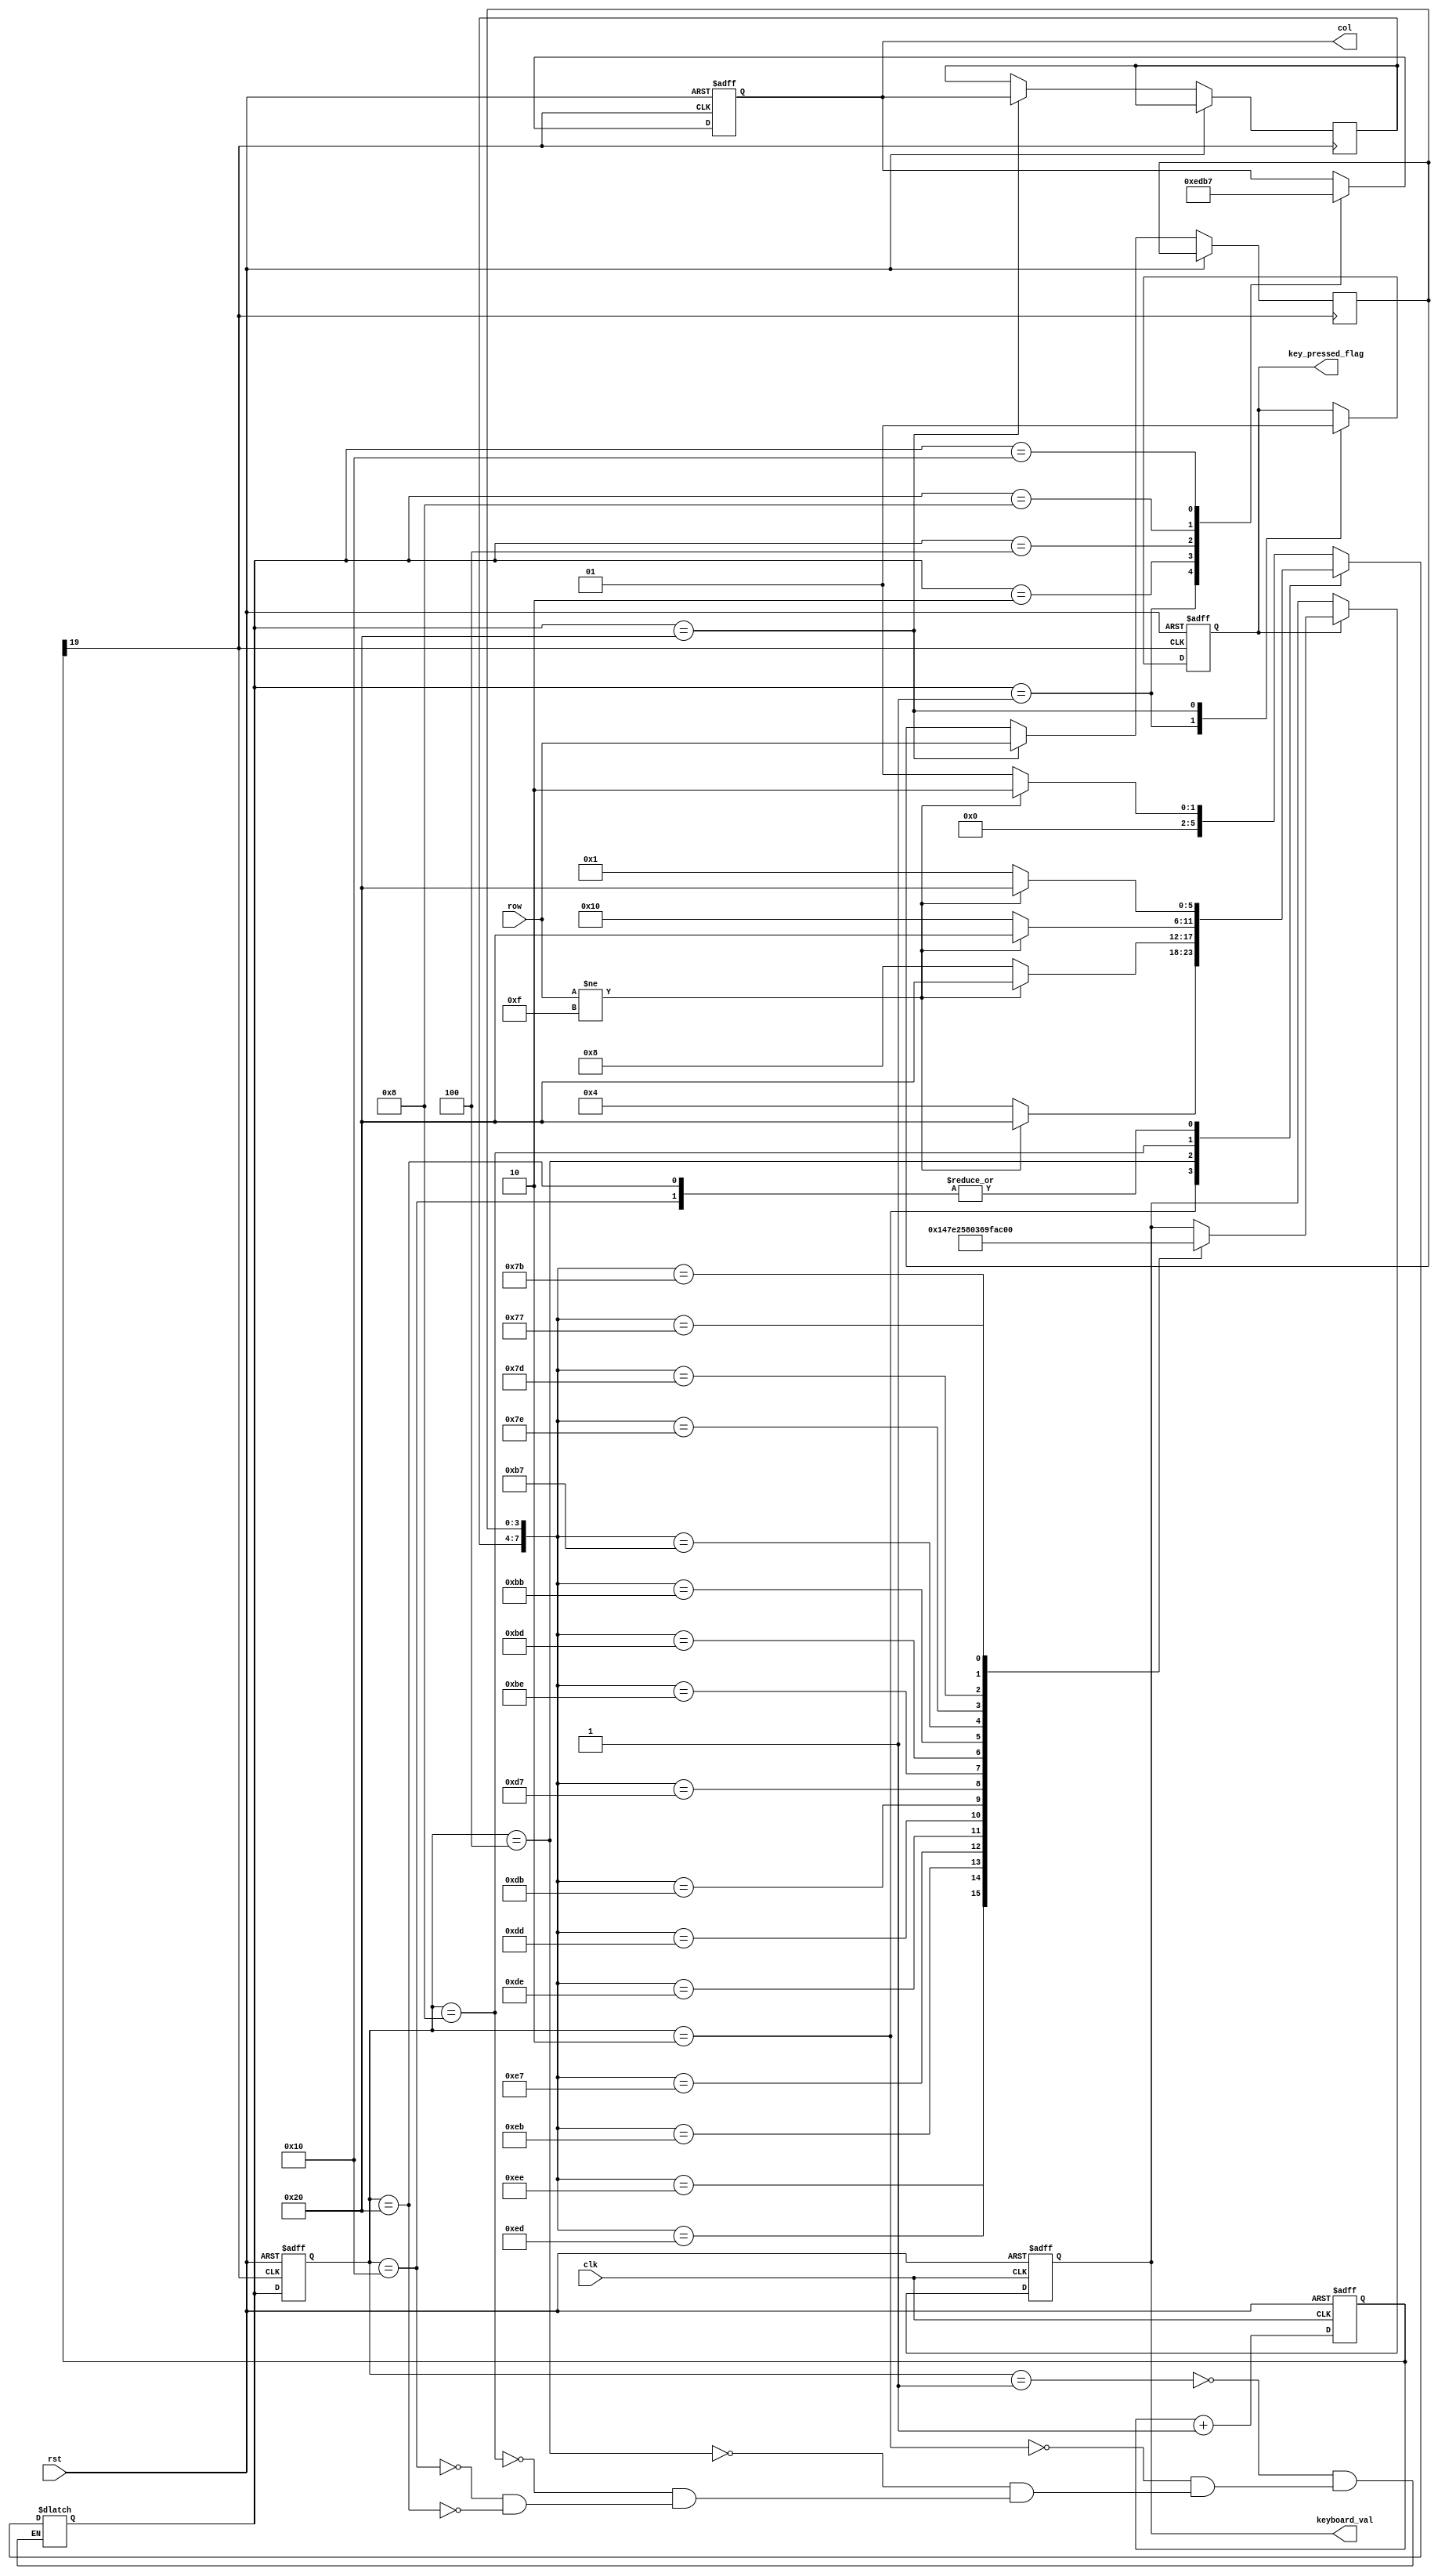
module key_board(
    input clk, rst,
    input [3:0] row,                     //  
    output reg [3:0] col,                //  
    output reg [3:0] keyboard_val,       // 
    output reg key_pressed_flag          // 
    );
 
    reg [19:0] cnt;                        
    wire key_clk;

    always @ (posedge clk or posedge rst)
    if (rst)
        cnt <= 0;
    else
        cnt <= cnt + 1'b1;
        
    assign key_clk = cnt[19];                // (2^20/50M = 21)ms 
    //--------------------------------------
    //  
    //--------------------------------------

    //++++++++++++++++++++++++++++++++++++++
    //  
    //++++++++++++++++++++++++++++++++++++++
    // 
    parameter NO_KEY_PRESSED = 6'b000_001;  //   
    parameter SCAN_COL0      = 6'b000_010;  // 0 
    parameter SCAN_COL1      = 6'b000_100;  // 1 
    parameter SCAN_COL2      = 6'b001_000;  // 2 
    parameter SCAN_COL3      = 6'b010_000;  // 3 
    parameter KEY_PRESSED    = 6'b100_000;  // 

    reg [5:0] current_state, next_state;    // 

    always @ (posedge key_clk or posedge rst)
    if (rst)
        current_state <= NO_KEY_PRESSED;
    else
        current_state <= next_state;

    // 
    always @ (*)
    case (current_state)
        NO_KEY_PRESSED :                    // 
            if (row != 4'hF)
            next_state = SCAN_COL0;
            else
            next_state = NO_KEY_PRESSED;
        SCAN_COL0 :                         // 0 
            if (row != 4'hF)
            next_state = KEY_PRESSED;
            else
            next_state = SCAN_COL1;
        SCAN_COL1 :                         // 1 
            if (row != 4'hF)
            next_state = KEY_PRESSED;
            else
            next_state = SCAN_COL2;    
        SCAN_COL2 :                         // 2
            if (row != 4'hF)
            next_state = KEY_PRESSED;
            else
            next_state = SCAN_COL3;
        SCAN_COL3 :                         // 3
            if (row != 4'hF)
            next_state = KEY_PRESSED;
            else
            next_state = NO_KEY_PRESSED;
        KEY_PRESSED :                       // 
            if (row != 4'hF)
            next_state = KEY_PRESSED;
            else
            next_state = NO_KEY_PRESSED;                      
    endcase

    reg [3:0] col_val, row_val;             // 

    // 
    always @ (posedge key_clk or posedge rst)
    if (rst)
    begin
        col              <= 4'h0;
        key_pressed_flag <=    0;
    end
    else
        case (next_state)
        NO_KEY_PRESSED :                  // 
        begin
            col              <= 4'h0;
            key_pressed_flag <=    0;       // 
        end
        SCAN_COL0 :                       // 0
            col <= 4'b1110;
        SCAN_COL1 :                       // 1
            col <= 4'b1101;
        SCAN_COL2 :                       // 2
            col <= 4'b1011;
        SCAN_COL3 :                       // 3
            col <= 4'b0111;
        KEY_PRESSED :                     // 
        begin
            col_val          <= col;        // 
            row_val          <= row;        // 
            key_pressed_flag <= 1;          //   
        end
        endcase
    //--------------------------------------
    //  
    //--------------------------------------


    //++++++++++++++++++++++++++++++++++++++
    //  
    //++++++++++++++++++++++++++++++++++++++
    always @ (posedge clk or posedge rst)
    if (rst)
        keyboard_val <= 4'h0;
    else
        if (key_pressed_flag)
        case ({col_val, row_val})
            8'b1110_1110 : keyboard_val <= 4'h1;
            8'b1110_1101 : keyboard_val <= 4'h4;
            8'b1110_1011 : keyboard_val <= 4'h7;
            8'b1110_0111 : keyboard_val <= 4'hE;
            
            8'b1101_1110 : keyboard_val <= 4'h2;
            8'b1101_1101 : keyboard_val <= 4'h5;
            8'b1101_1011 : keyboard_val <= 4'h8;
            8'b1101_0111 : keyboard_val <= 4'h0;
            
            8'b1011_1110 : keyboard_val <= 4'h3;
            8'b1011_1101 : keyboard_val <= 4'h6;
            8'b1011_1011 : keyboard_val <= 4'h9;
            8'b1011_0111 : keyboard_val <= 4'hF;
            
            8'b0111_1110 : keyboard_val <= 4'hA; 
            8'b0111_1101 : keyboard_val <= 4'hB;
            8'b0111_1011 : keyboard_val <= 4'hC;
            8'b0111_0111 : keyboard_val <= 4'hD;        
        endcase

endmodule